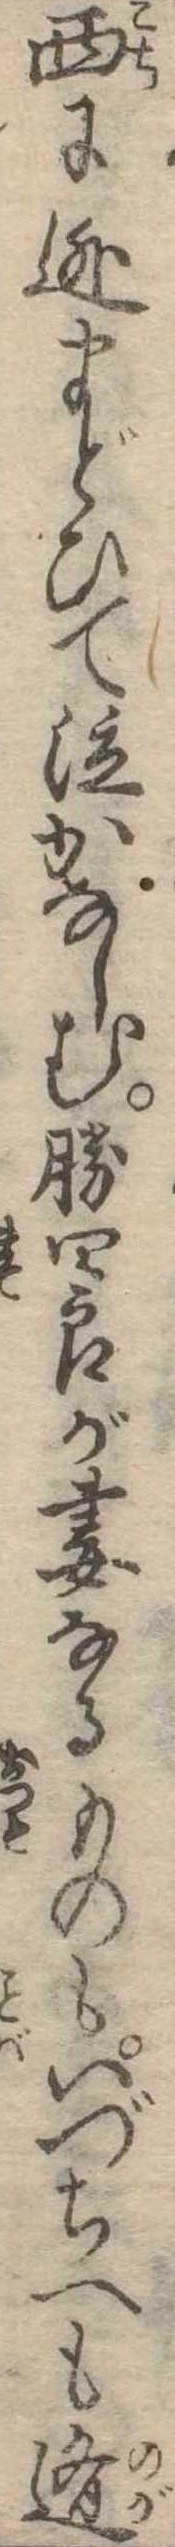
西に逃まどひて泣かなしむ勝四郎が妻なるものもいづちへも遁